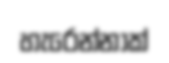
හැරෙන්නාක්